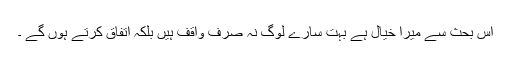
اس بحث سے میرا خیال ہے بہت سارے لوگ نہ صرف واقف ہیں بلكہ اتفاق كرتے ہوں گے ۔